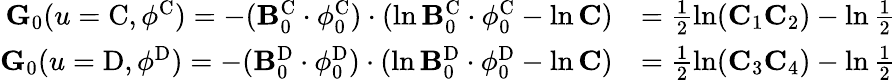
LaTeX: \begin{array}{rl}{\mathbf{G}_{0}(u=\mathrm{C},\phi^{\mathrm{C}})=-(\mathbf{B}_{0}^{\mathrm{C}}\cdot\phi_{0}^{\mathrm{C}})\cdot(\ln\mathbf{B}_{0}^{\mathrm{C}}\cdot\phi_{0}^{\mathrm{C}}-\ln\mathbf{C})}&{=\frac{1}{2}\ln(\mathbf{C}_{1}\mathbf{C}_{2})-\ln\frac{1}{2}}\\ {\mathbf{G}_{0}(u=\mathrm{D},\phi^{\mathrm{D}})=-(\mathbf{B}_{0}^{\mathrm{D}}\cdot\phi_{0}^{\mathrm{D}})\cdot(\ln\mathbf{B}_{0}^{\mathrm{D}}\cdot\phi_{0}^{\mathrm{D}}-\ln\mathbf{C})}&{=\frac{1}{2}\ln(\mathbf{C}_{3}\mathbf{C}_{4})-\ln\frac{1}{2}}\end{array}